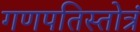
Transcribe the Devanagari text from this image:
गणपतिस्तोत्रं